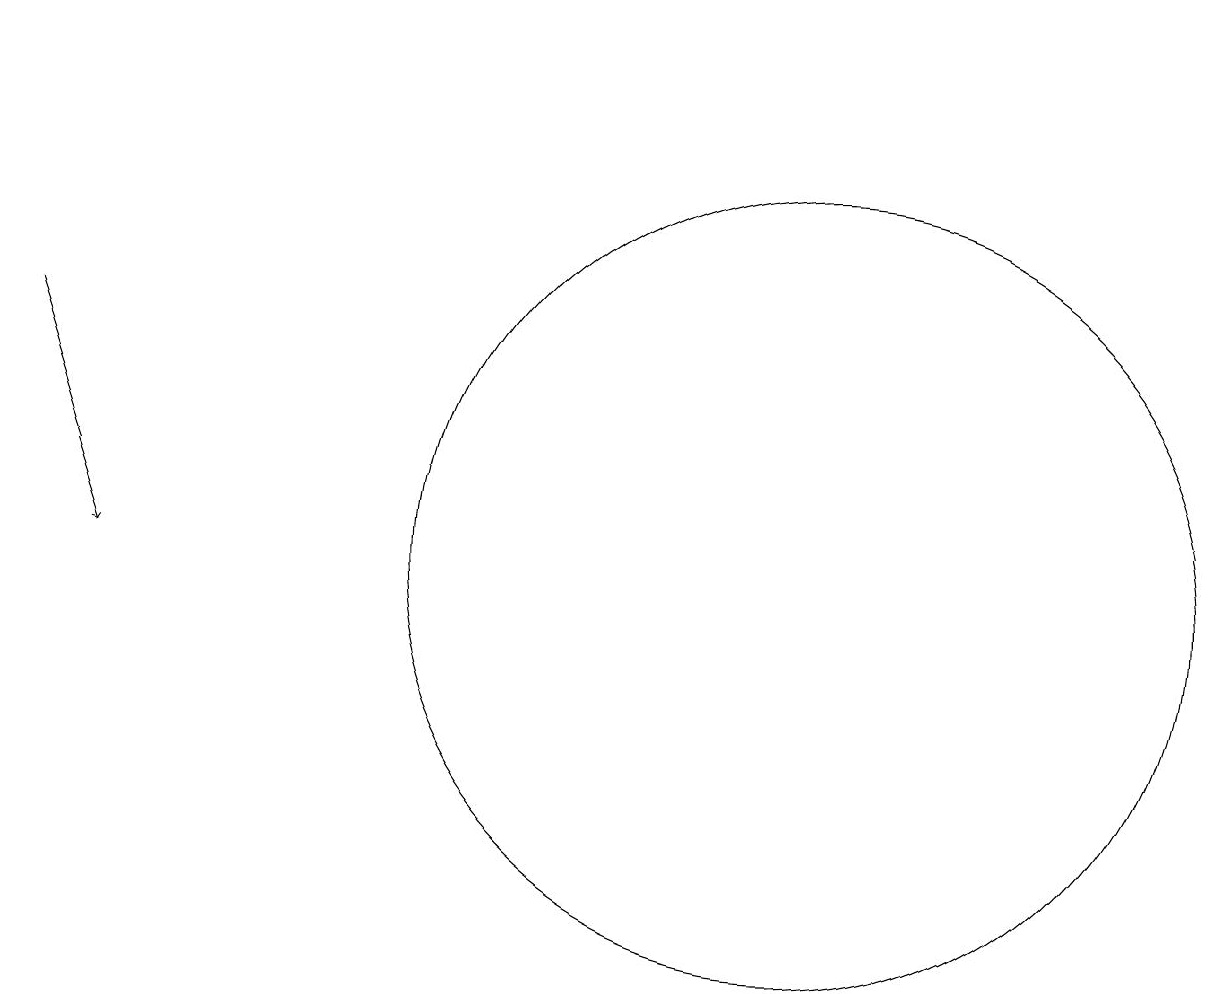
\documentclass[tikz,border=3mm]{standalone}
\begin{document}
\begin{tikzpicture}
\draw (10,11) circle (5);
\draw[->] (0,14) -- (1,11);
\draw (2,18) rectangle (3,18);
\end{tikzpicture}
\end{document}